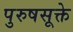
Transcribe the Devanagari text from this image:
पुरुषसूक्ते